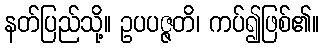
နတ်ပြည်သို့။ ဥပပဇ္ဇတိ၊ ကပ်၍ဖြစ်၏။